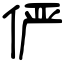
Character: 俨